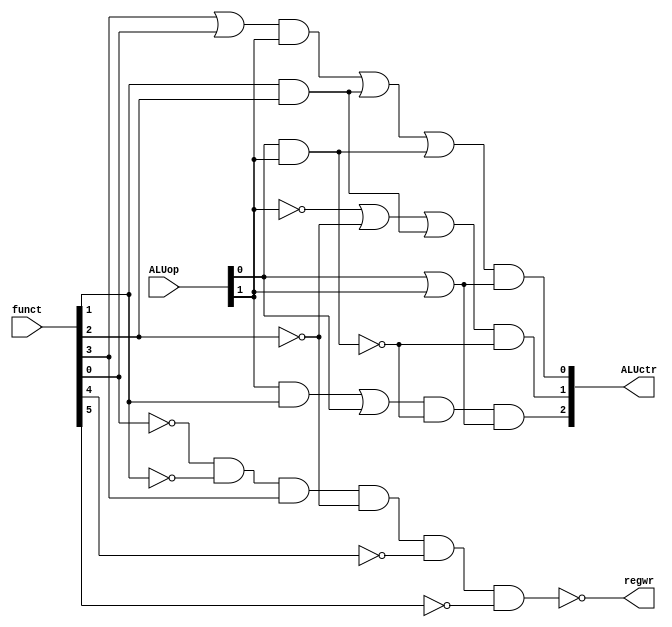
module alu_controller(ALUop, funct, ALUctr,regwr);

	input[1:0] ALUop;
	input[5:0] funct;
	output[2:0] ALUctr; 
	output regwr;
	
	wire[5:0] func_not;
	wire tmp_2,tmp_1,tmp_0,tmp_0_2,xor_t,tmp_0_3;
	wire wr,wr2;
	wire al_t1, al_t2,lui,lui_not,wrd,wrd_not;
	wire ctr_2,ctr_1;
	
	not(func_not[0],funct[0]);
	not(func_not[1],funct[1]);
	not(func_not[2],funct[2]);
	not(func_not[3],funct[3]);
	not(func_not[4],funct[4]);
	not(func_not[5],funct[5]);
	
	and(lui,ALUop[0],ALUop[1]);
	not(lui_not,lui);
	
	or(wrd,ALUop[0],ALUop[1]);
	not(wrd_not,wrd);
	//b100110
	
	and(tmp_2, ALUop[1],funct[1]);
	or(ctr_2, tmp_2, ALUop[0]);
	and(ALUctr[2],ctr_2,lui_not,wrd);
	
	and(xor_t,funct[1],funct[2]);
	
	not(al_t1,ALUop[1]);
	not(al_t2,funct[2]);
	or(tmp_1,al_t1,al_t2);
	or(ctr_1,tmp_1,xor_t);
	and(ALUctr[1],ctr_1,lui_not);
	
	or(tmp_0_2,funct[3],funct[0]);
	and(tmp_0,tmp_0_2,ALUop[1]);
	
	or(tmp_0_3,tmp_0,xor_t,lui);
	and(ALUctr[0],tmp_0_3,wrd);
	
	and(wr, func_not[0],func_not[1],funct[3],func_not[2],func_not[4],func_not[5]);
	
	not(regwr,wr);
	
endmodule